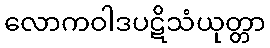
လောကဝါဒပဋိသံယုတ္တာ